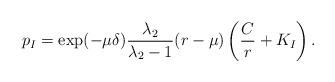
LaTeX: \begin{align*}p_I=\exp(-\mu \delta)\frac{\lambda_2}{\lambda_2-1}(r-\mu)\left(\frac{C}{r}+K_I\right).\end{align*}